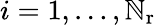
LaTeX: i=1,\ldots,{\mathbb{N}_{\mathrm{{r}}}}